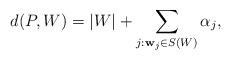
LaTeX: \begin{align*}d(P,W)=|W|+ \sum_{j:\mathbf{w}_j\in S(W)} \alpha_j,\end{align*}